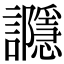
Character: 讔